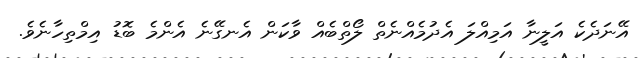
އޭނަދެކެ އަލީނާ އަމިއްލަ އެދުމެއްނެތް ލޯތްބެއް ވާކަން އެނގޭނެ އެންމެ ބޮޑު އިމްތިހާނެވެ.